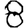
Digit: 8